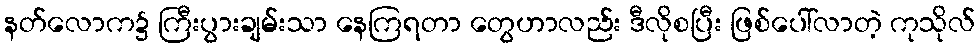
နတ်လောက၌ ကြီးပွားချမ်းသာ နေကြရတာ တွေဟာလည်း ဒီလိုစပြီး ဖြစ်ပေါ်လာတဲ့ ကုသိုလ်